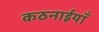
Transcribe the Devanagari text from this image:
कठनाईयाँ